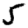
Digit: 5